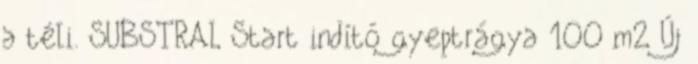
a téli. SUBSTRAL Start indító gyeptrágya 100 m2 Új